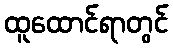
ထူထောင်ရာတွင်